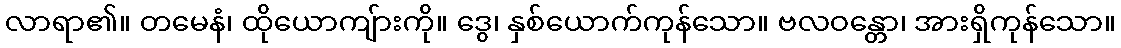
လာရာ၏။ တမေနံ၊ ထိုယောကျ်ားကို။ ဒွေ၊ နှစ်ယောက်ကုန်သော။ ဗလဝန္တော၊ အားရှိကုန်သော။